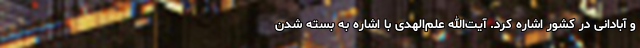
و آبادانی در کشور اشاره کرد. آیت‌الله علم‌الهدی با اشاره به بسته شدن